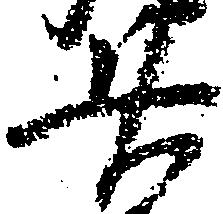
廿